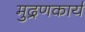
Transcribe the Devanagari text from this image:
मुद्रणकार्य